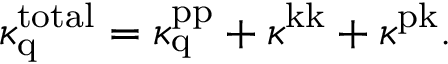
\kappa _ { \mathrm { q } } ^ { \mathrm { t o t a l } } = \kappa _ { \mathrm { q } } ^ { \mathrm { p p } } + \kappa ^ { \mathrm { k k } } + \kappa ^ { \mathrm { p k } } .